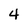
Character: 4